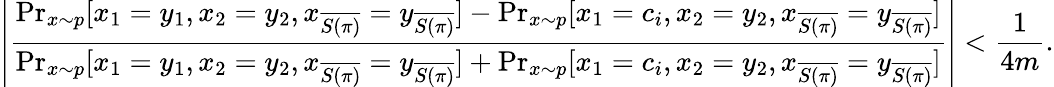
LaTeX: \left|\frac{\operatorname*{Pr}_{x\sim p}[x_{1}=y_{1},x_{2}=y_{2},x_{\overline{{S(\pi)}}}=y_{\overline{{S(\pi)}}}]-\operatorname*{Pr}_{x\sim p}[x_{1}=c_{i},x_{2}=y_{2},x_{\overline{{S(\pi)}}}=y_{\overline{{S(\pi)}}}]}{\operatorname*{Pr}_{x\sim p}[x_{1}=y_{1},x_{2}=y_{2},x_{\overline{{S(\pi)}}}=y_{\overline{{S(\pi)}}}]+\operatorname*{Pr}_{x\sim p}[x_{1}=c_{i},x_{2}=y_{2},x_{\overline{{S(\pi)}}}=y_{\overline{{S(\pi)}}}]}\right|<\frac{1}{4m}.